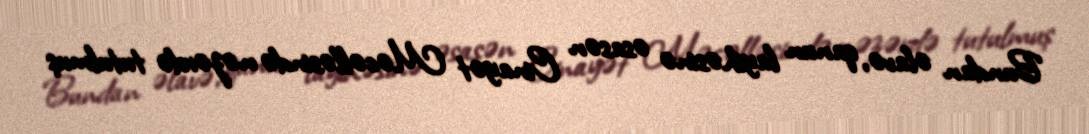
Bundan əlavə, qanun layihəsinə əsasən Cinayət Məcəlləsində nəzərdə tutulmuş